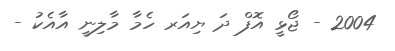
2004 - ޖޯޅީ އޮފް ދަ ޔިއަރ ހެމާ މާލިނީ އާއެކު -